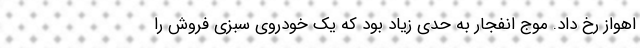
اهواز رخ داد. موج انفجار به حدی زیاد بود که یک خودروی سبزی فروش را